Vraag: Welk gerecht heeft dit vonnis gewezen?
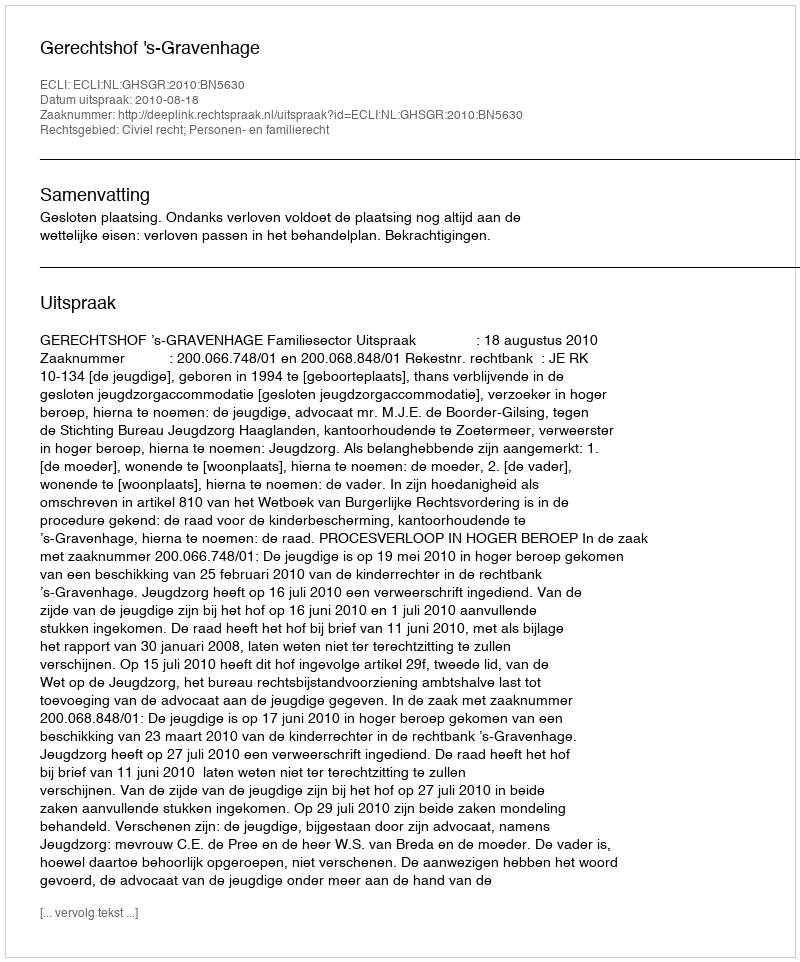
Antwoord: Gerechtshof 's-Gravenhage